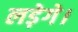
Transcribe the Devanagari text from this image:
लड़ेगे।